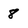
Character: 8